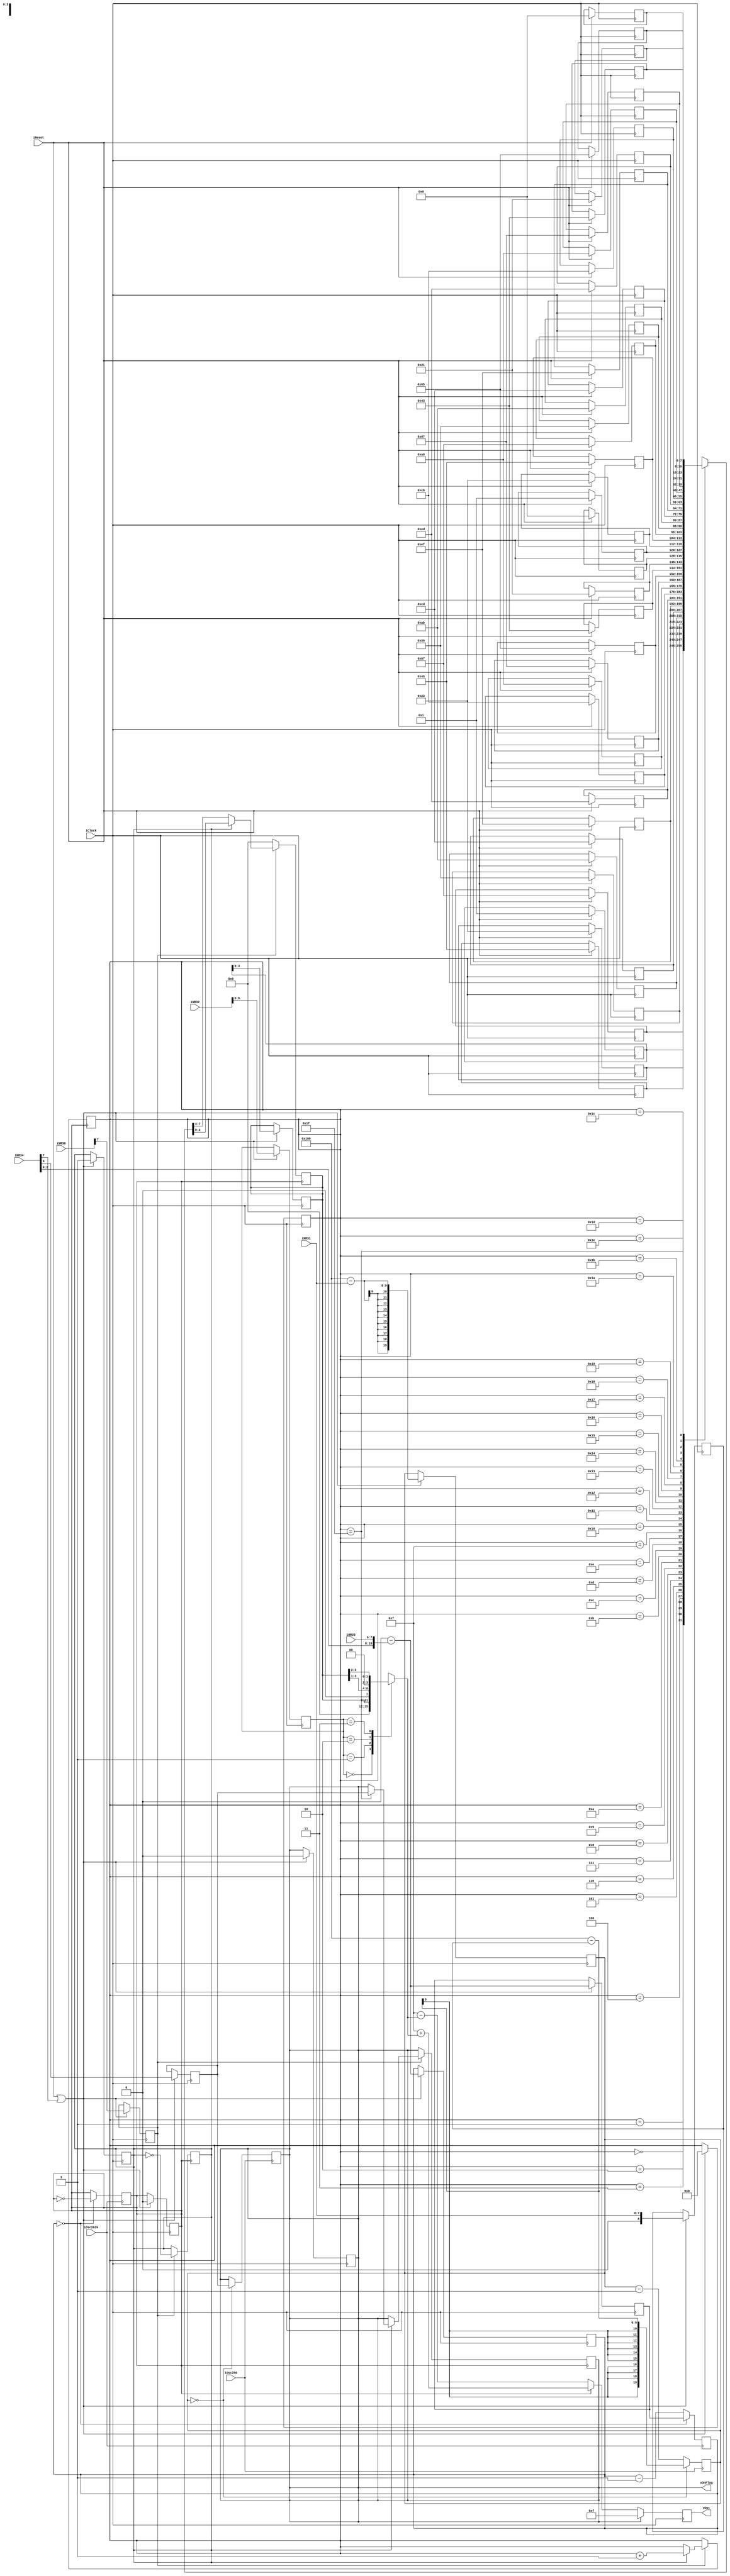
module SoundCtrlChannel3 
  (
    input wire		iClock,			
    input wire		iReset,
	input wire		iOsc256,		
    input wire		iOsc262k,		
    input wire [7:0] iNR30,
    input wire [7:0] iNR31,
    input wire [7:0] iNR32,
    input wire [7:0] iNR33,
    input wire [7:0] iNR34,
    output reg [4:0]	oOut, 
    output wire oOnFlag
  );
	reg [8:0] rLength;
 	reg [19:0] rLengthCounter;	
	reg rTimedMode;
 	reg rLengthComplete; 	
	reg rTone;
	reg [10:0] rSoundFrequency;
	reg [10:0] rSoundFrequencyCounter;
	reg rChannelEnable;
	reg [1:0] rOutLevel;
	reg [3:0] rStep;
	reg [3:0] rStepScaled;
 	wire [4:0] up_value, down_value;
 	reg [4:0] rWaveRamIndex;
	reg rWaveRamHnL;
	reg [7:0] iWaveRam [0:31]; 
	always @ (posedge iClock) begin
		if (iReset) begin
			iWaveRam[0]=8'h01;
			iWaveRam[1]=8'h23;
			iWaveRam[2]=8'h45;
			iWaveRam[3]=8'h67;
			iWaveRam[4]=8'h89;
			iWaveRam[5]=8'hAB;
			iWaveRam[6]=8'hCD;
			iWaveRam[7]=8'hEF;
			iWaveRam[8]=8'hED;
			iWaveRam[9]=8'hCB;
			iWaveRam[10]=8'hA9;
			iWaveRam[11]=8'h87;
			iWaveRam[12]=8'h65;
			iWaveRam[13]=8'h43;
			iWaveRam[14]=8'h21;
			iWaveRam[15]=8'h00;
			iWaveRam[16]=8'h01;
			iWaveRam[17]=8'h23;
			iWaveRam[18]=8'h45;
			iWaveRam[19]=8'h67;
			iWaveRam[20]=8'h89;
			iWaveRam[21]=8'hAB;
			iWaveRam[22]=8'hCD;
			iWaveRam[23]=8'hEF;
			iWaveRam[24]=8'hED;
			iWaveRam[25]=8'hCB;
			iWaveRam[26]=8'hA9;
			iWaveRam[27]=8'h87;
			iWaveRam[28]=8'h65;
			iWaveRam[29]=8'h43;
			iWaveRam[30]=8'h21;
			iWaveRam[31]=8'h00;
		end
	end
	always @(posedge iClock) begin
		if (iReset || iNR34[7]) begin 
			rChannelEnable	<= iNR30[7];
			rLength 		<= iNR31[7:0];
			rLengthCounter 	<= 256 - iNR31[7:0]; 	
			rLengthComplete <= 0;			
			rTimedMode 		<= iNR34[6];
			rOutLevel		<= iNR32[6:5];
			rStep			<= iWaveRam[0][3:0];
			rWaveRamIndex	<= 0;
			rWaveRamHnL		<= 1; 
			rTone 			<= 0;
			rSoundFrequency[10:0] <= 2048-{iNR34[2:0],iNR33[7:0]};
			rSoundFrequencyCounter <= 2048-{iNR34[2:0],iNR33[7:0]}; 
		end
	end
	always @ (posedge rTone) begin
		if (rChannelEnable) begin
			if (~rWaveRamHnL) begin	
				rStep <= iWaveRam[rWaveRamIndex][7:4];
				rWaveRamHnL <= ~rWaveRamHnL;
			end
			else begin
				rStep <= iWaveRam[rWaveRamIndex][3:0];
				rWaveRamHnL <= ~rWaveRamHnL;
				if (rWaveRamIndex == 5'd31) begin
					rWaveRamIndex <= rWaveRamIndex+1;
					rLengthComplete <= rTimedMode;			
				end
				else begin
					rWaveRamIndex <= rWaveRamIndex+1;
				end
			end
		end
		else begin
			rStep <= 4'b0;
		end	
	end
	always @(posedge iOsc262k) begin
		if (rSoundFrequencyCounter ==0) begin
			rSoundFrequencyCounter <= rSoundFrequency;
			rTone <= ~rTone;
		end
		else begin
			rSoundFrequencyCounter <= rSoundFrequencyCounter-1;
		end
	end
	always @(posedge iOsc256) begin
		if (rLengthCounter == 0) begin
			rLengthCounter <= 256-rLength;
			rLengthComplete <= rTimedMode; 
		end
		else begin
			rLengthCounter <= rLengthCounter-1;
		end
	end
	assign up_value = 5'd15 + rStepScaled;
	assign down_value = 5'd15 - rStepScaled;
	always @(posedge iClock) begin
		if (rLengthComplete) begin
			oOut[4:0] <= 5'd15;
		end
		else begin
			if (rTone) begin
				oOut[4:0] <= up_value[4:0];
			end
			else begin
				oOut[4:0] <= down_value[4:0];
			end
		end
	end
	always @ (rOutLevel or rStep) begin
		case (rOutLevel[1:0])
			2'd0: rStepScaled = 0;
			2'd1: rStepScaled = rStep;
			2'd2: rStepScaled = rStep >> 1;
			2'd3: rStepScaled = rStep >> 2;
		endcase
	end
assign oOnFlag = rLengthComplete;
endmodule